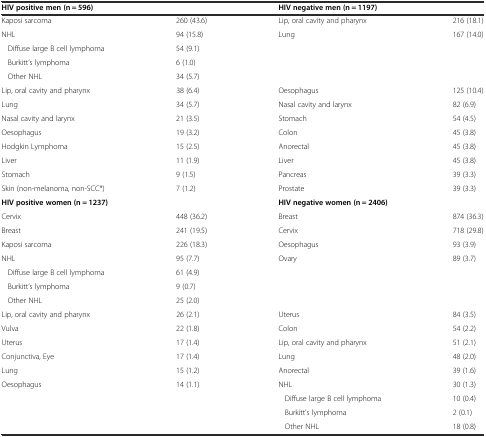
| <COLSPAN=2> HIV positive men (n = 596) | <COLSPAN=2> HIV negative men (n = 1197) |
 | --- | --- | --- | --- |
 | Kaposi sarcoma | 260 (43.6) | Lip, oral cavity and pharynx | 216 (18.1) |
 | NHL | 94 (15.8) | Lung | 167 (14.0) |
 | Diffuse large B cell lymphoma | 54 (9.1) | <ROWSPAN=3>  | <ROWSPAN=3>  |
 | Burkitt’s lymphoma | 6 (1.0) |
 | Other NHL | 34 (5.7) |
 | Lip, oral cavity and pharynx | 38 (6.4) | Oesophagus | 125 (10.4) |
 | Lung | 34 (5.7) | Nasal cavity and larynx | 82 (6.9) |
 | Nasal cavity and larynx | 21 (3.5) | Stomach | 54 (4.5) |
 | Oesophagus | 19 (3.2) | Colon | 45 (3.8) |
 | Hodgkin Lymphoma | 15 (2.5) | Anorectal | 45 (3.8) |
 | Liver | 11 (1.9) | Liver | 45 (3.8) |
 | Stomach | 9 (1.5) | Pancreas | 39 (3.3) |
 | Skin (non-melanoma, non-SCC*) | 7 (1.2) | Prostate | 39 (3.3) |
 | <COLSPAN=2> HIV positive women (n = 1237) | <COLSPAN=2> HIV negative women (n = 2406) |
 | Cervix | 448 (36.2) | Breast | 874 (36.3) |
 | Breast | 241 (19.5) | Cervix | 718 (29.8) |
 | Kaposi sarcoma | 226 (18.3) | Oesophagus | 93 (3.9) |
 | NHL | 95 (7.7) | Ovary | 89 (3.7) |
 | Diffuse large B cell lymphoma | 61 (4.9) | <ROWSPAN=3>  | <ROWSPAN=3>  |
 | Burkitt’s lymphoma | 9 (0.7) |
 | Other NHL | 25 (2.0) |
 | Lip, oral cavity and pharynx | 26 (2.1) | Uterus | 84 (3.5) |
 | Vulva | 22 (1.8) | Colon | 54 (2.2) |
 | Uterus | 17 (1.4) | Lip, oral cavity and pharynx | 51 (2.1) |
 | Conjunctiva, Eye | 17 (1.4) | Lung | 48 (2.0) |
 | Lung | 15 (1.2) | Anorectal | 39 (1.6) |
 | Oesophagus | 14 (1.1) | NHL | 30 (1.3) |
 | <ROWSPAN=3>  | <ROWSPAN=3>  | Diffuse large B cell lymphoma | 10 (0.4) |
 | Burkitt’s lymphoma | 2 (0.1) |
 | Other NHL | 18 (0.8) |